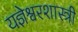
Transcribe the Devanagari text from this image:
यज्ञेश्वरशास्त्री